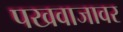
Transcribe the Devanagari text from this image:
पखवाजावर